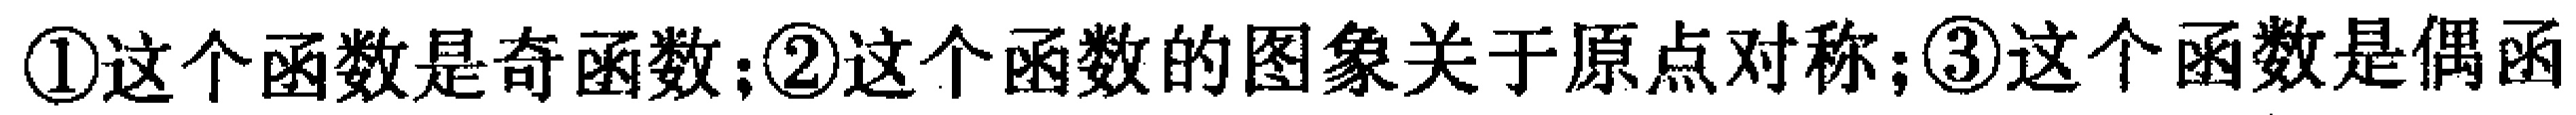
\textcircled{1}这个函数是奇函数；\textcircled{2}这个函数的图象关于原点对称；\textcircled{3}这个函数是偶函